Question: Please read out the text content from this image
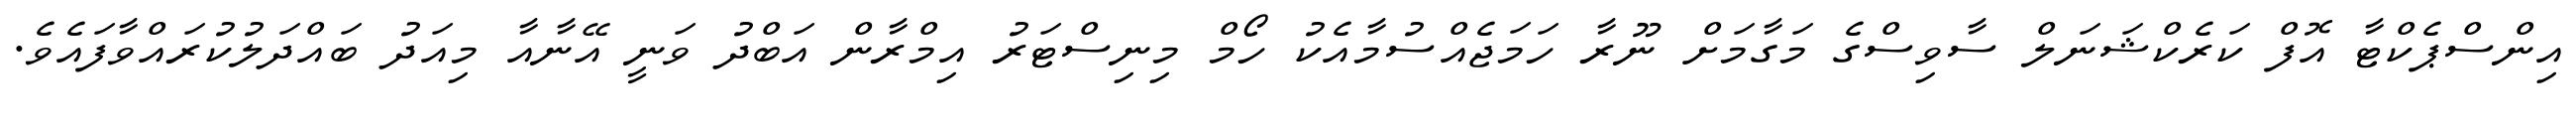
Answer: އިންސްޕެކްޓާ އޮފް ކަރެކްޝަނަލް ސާވިސްގެ މަގާމަށް ނޫރާ ހަމަޖެއްސުމާއެކު ހޯމް މިނިސްޓަރު އިމްރާން އަބްދު ވަނީ އޭނާއާ މިއަދު ބައްދަލުކުރައްވާފައެވެ.